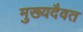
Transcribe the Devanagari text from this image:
मुख्यदैवत